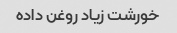
خورشت زیاد روغن داده